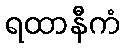
ရထာနီကံ